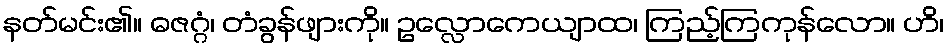
နတ်မင်း၏။ ဓဇဂ္ဂံ၊ တံခွန်ဖျားကို။ ဥလ္လောကေယျာထ၊ ကြည့်ကြကုန်လော။ ဟိ၊